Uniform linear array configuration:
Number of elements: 12
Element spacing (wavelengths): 0.25
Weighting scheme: hann
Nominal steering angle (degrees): -60
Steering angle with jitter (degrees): -61.875
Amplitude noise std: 0.05
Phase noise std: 0.05

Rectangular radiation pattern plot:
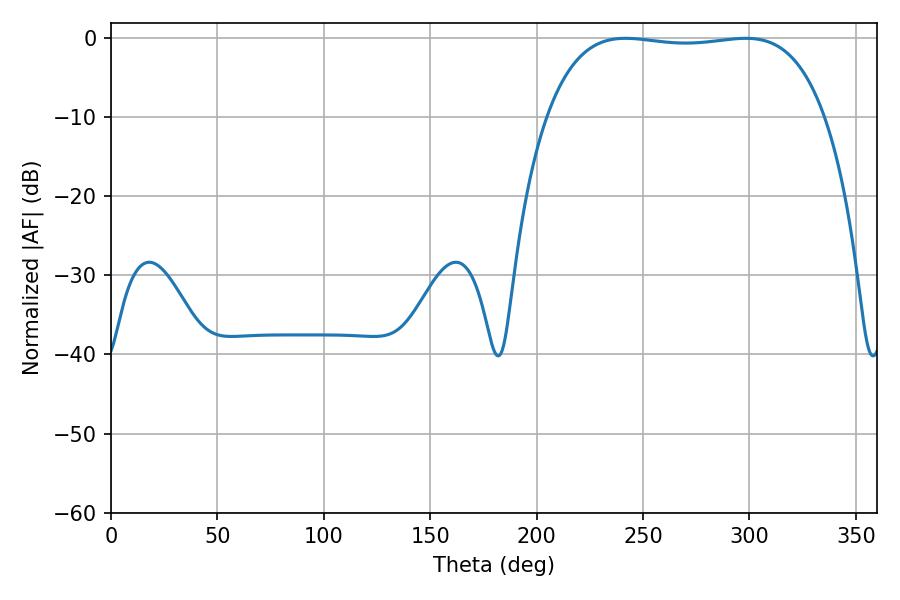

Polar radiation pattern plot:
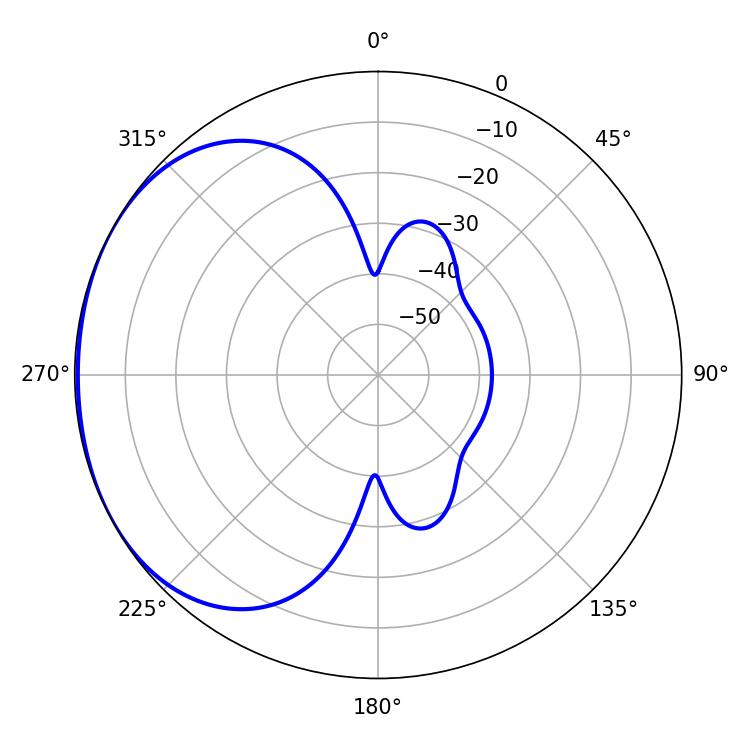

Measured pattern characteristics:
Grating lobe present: FALSE
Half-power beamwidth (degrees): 103.68
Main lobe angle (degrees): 241.74